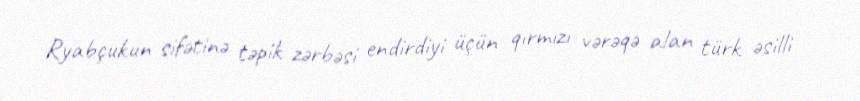
Ryabçukun sifətinə təpik zərbəsi endirdiyi üçün qırmızı vərəqə alan türk əsilli